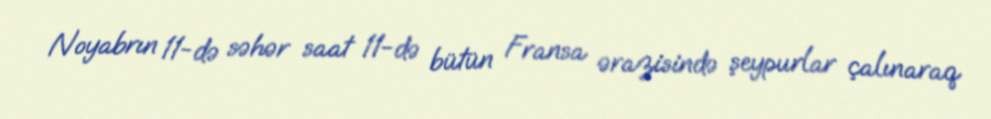
Noyabrın 11-də səhər saat 11-də bütün Fransa ərazisində şeypurlar çalınaraq